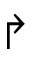
\Rsh